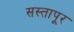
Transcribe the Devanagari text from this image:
सस्तापूर